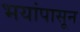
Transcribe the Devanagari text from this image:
भयांपासून